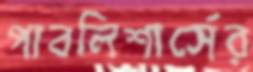
পাবলিশার্সের